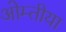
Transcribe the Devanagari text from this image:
ओम्तीया